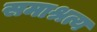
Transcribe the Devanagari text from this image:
समाश्रत्य